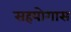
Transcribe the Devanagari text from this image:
सहयोगास